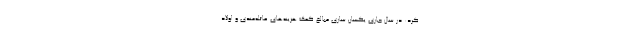
کرد: در سال جاری یکسان سازی مبالغ کمک هزینه‌های عائله‌مندی و اولاد